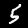
Label: 5